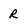
Character: R